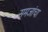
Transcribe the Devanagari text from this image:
समजांचा